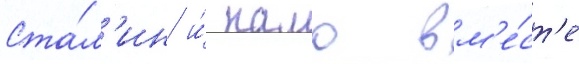
Ста́л'ин и́ камо вм'е́ст'е